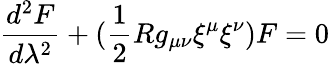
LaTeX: \frac{d^{2}F}{d\lambda^{2}}+(\frac{1}{2}Rg_{\mu\nu}{\xi}^{\mu}{\xi}^{\nu})F=0